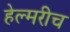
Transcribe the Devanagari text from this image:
हेल्मरीच